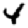
Digit: 4